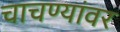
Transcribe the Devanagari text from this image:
चाचण्यांवर